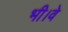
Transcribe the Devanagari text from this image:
भी।वे